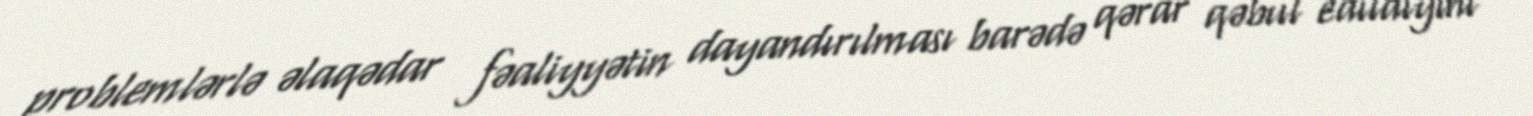
problemlərlə əlaqədar fəaliyyətin dayandırılması barədə qərar qəbul edildiyini